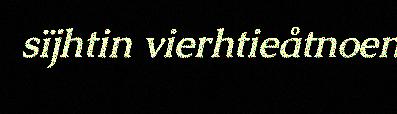
sïjhtin vierhtieåtnoen